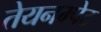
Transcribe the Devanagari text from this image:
तेयनम्पेट